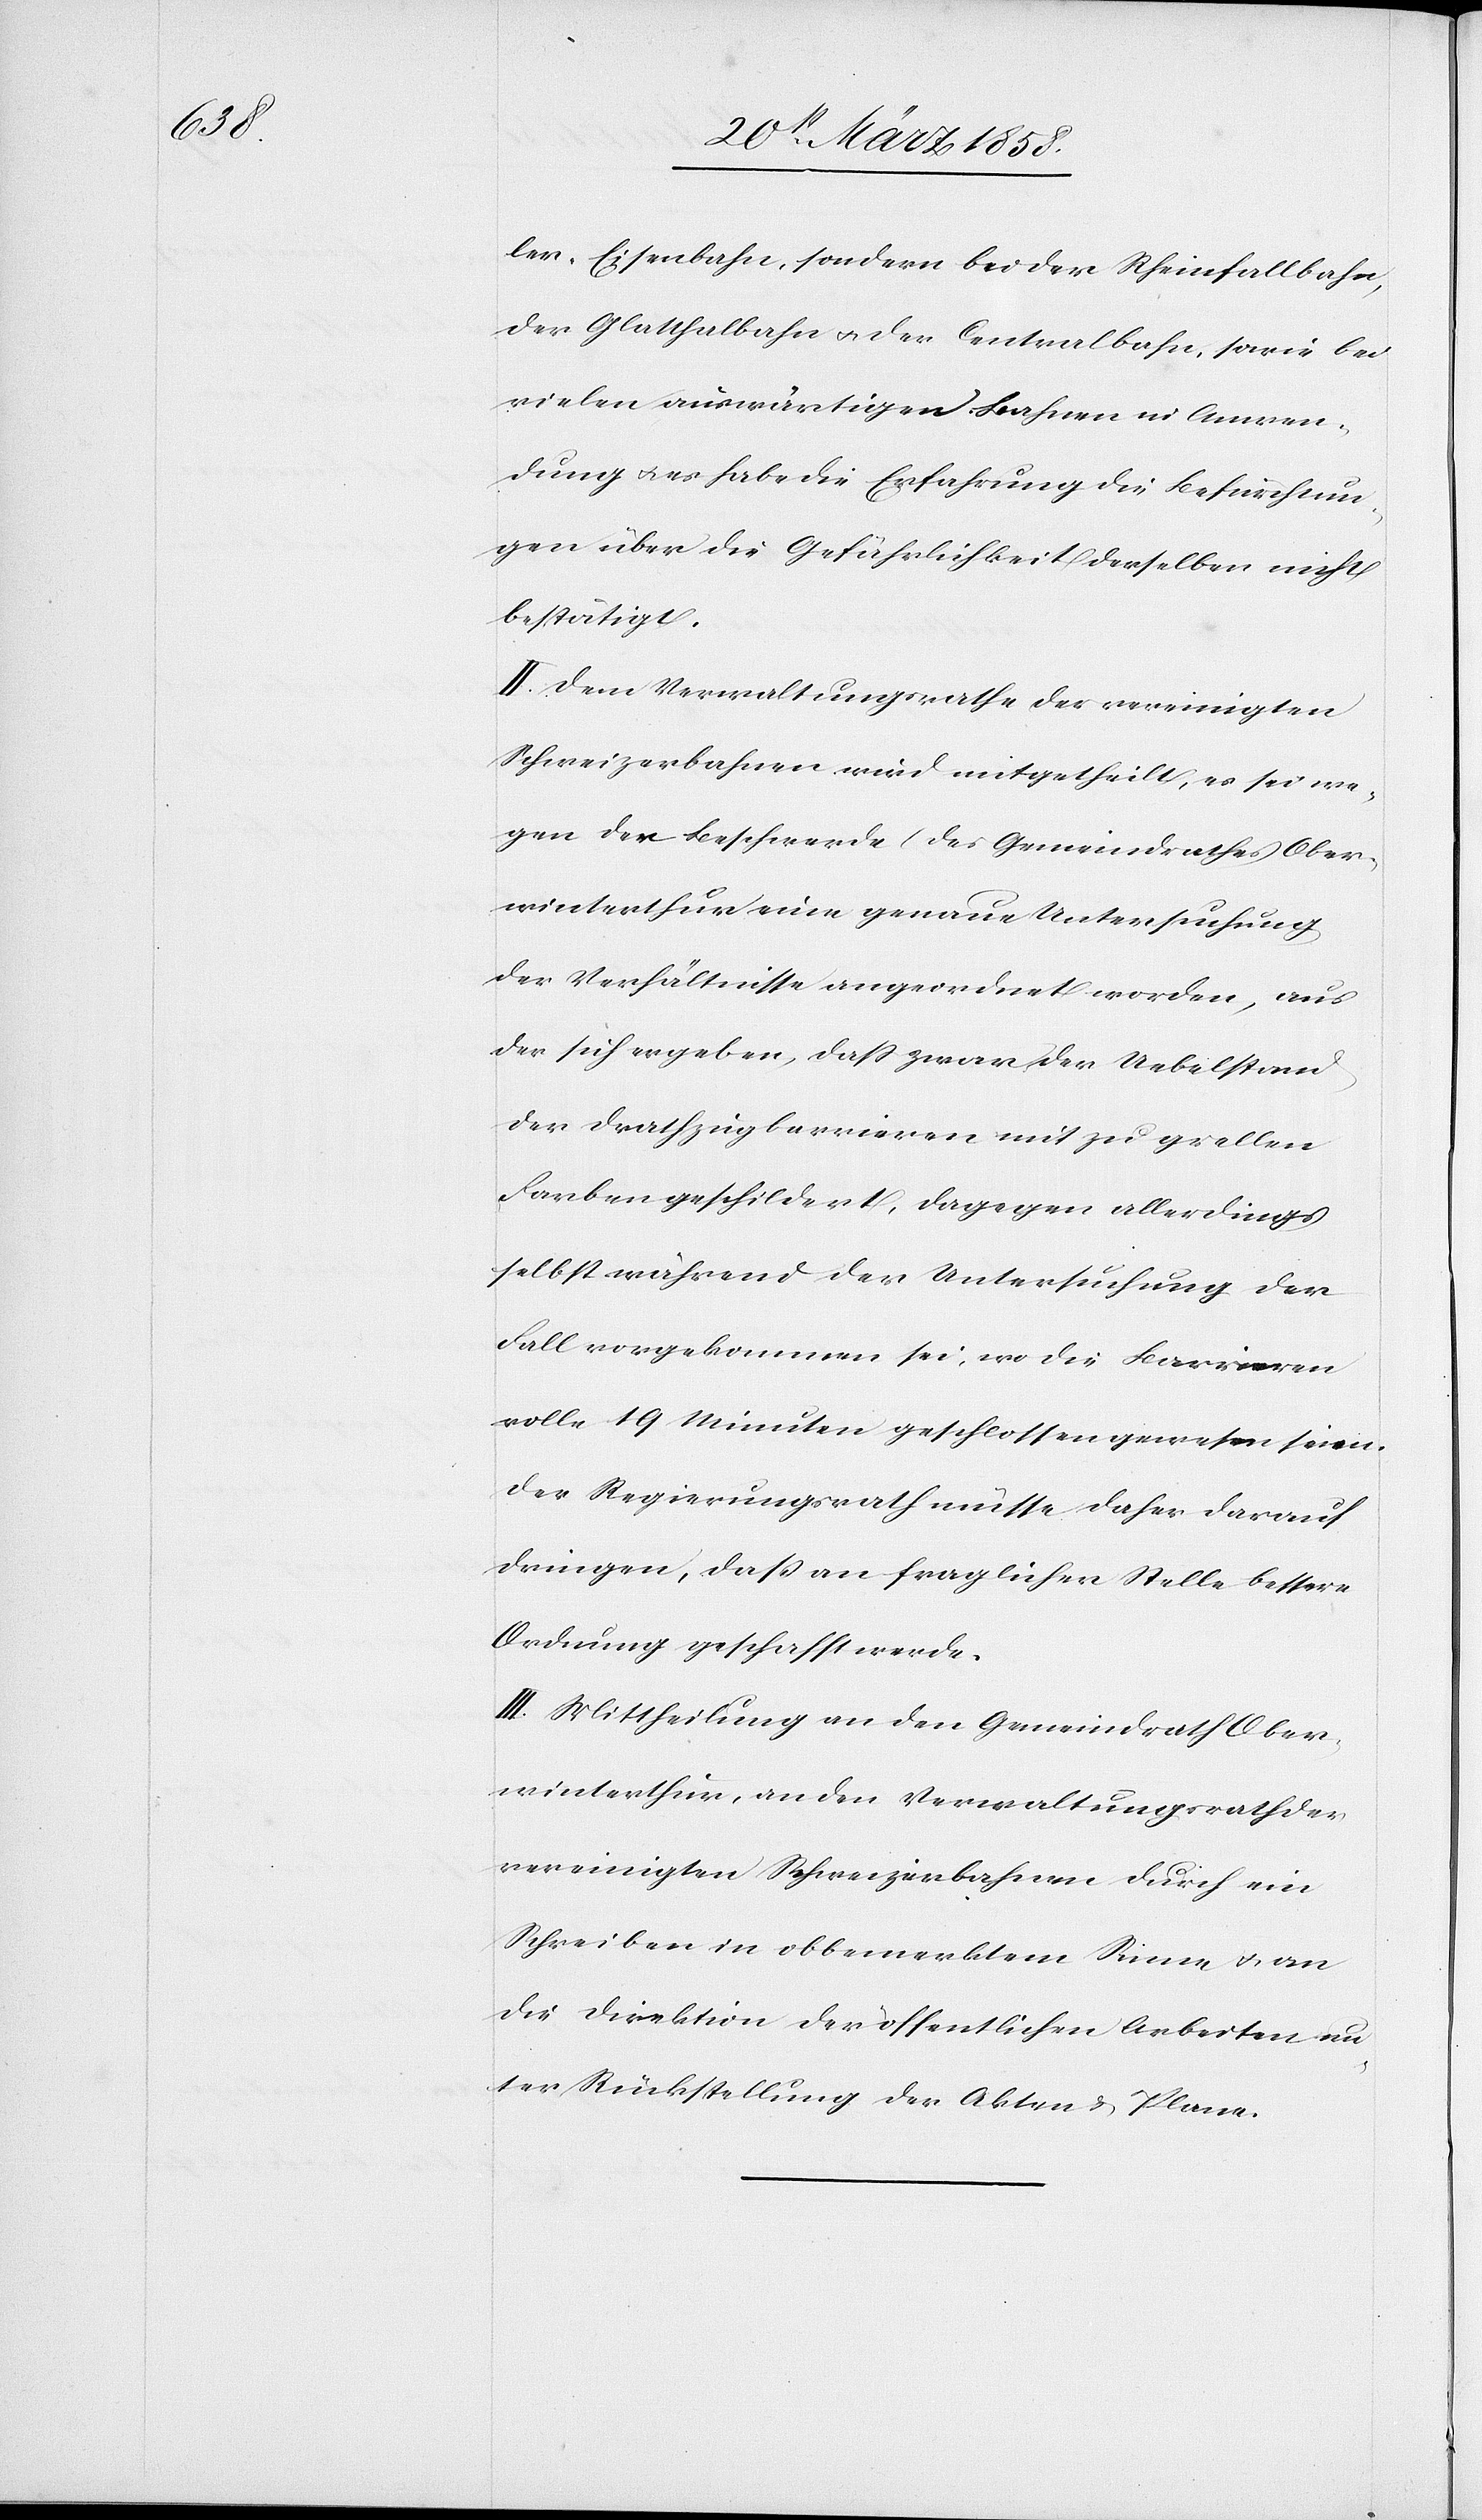
ler-Eisenbahn, sondern bei der Rheinfallbahn,
der Glatthalbahn u. der Centralbahn, sowie bei
vielen auswärtigen Bahnen in Anwen¬
dung u. es habe die Erfahrung die Befürchtun¬
gen über die Gefährlichkeit derselben nicht
bestätigt.
II. Dem Verwaltungsrathe der vereinigten
Schweizerbahnen wird mitgetheilt, es sei we¬
gen der Beschwerde (des Gemeindrathes Ober¬
winterthur[)] eine genaue Untersuchung
der Verhältnisse angeordnet worden, aus
der sich ergeben, daß zwar der Uebelstand
der Drathzugbarrieren mit zu grellen
Farben geschildert, dagegen allerdings
selbst während der Untersuchung der
Fall vorgekommen sei, wo die Barrieren
volle 19 Minuten geschlossen gewesen seien.
Der Regierungsrath müsse daher darauf
dringen, daß an fraglicher Stelle bessere
Ordnung geschafft werde.
III. Mittheilung an den Gemeindrath Ober¬
winterthur, an den Verwaltungsrath der
vereinigten Schweizerbahnen durch ein
Schreiben in obbemerktem Sinne u. an
die Direktion der öffentlichen Arbeiten un¬
ter Rückstellung der Akten u. Plane.